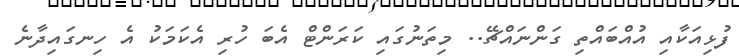
ފުޅިއަކާއި އުއްބައްތި ގަންނައްޗޭ.. މިތަނުގައި ކަރަންޓް އެބަ ހުރި އެކަމަކު އެ ހިނގައިދާނެ